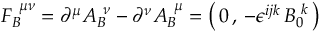
F _ { B } ^ { \; \, \mu \nu } = \partial ^ { \mu } A _ { B } ^ { \; \, \nu } - \partial ^ { \nu } A _ { B } ^ { \; \, \mu } = \left( \, 0 \, , \, - \epsilon ^ { i j k } \, B _ { 0 } ^ { \, \, k } \, \right)